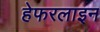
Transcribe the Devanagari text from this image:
हेफरलाइन